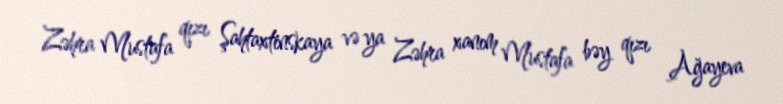
Zəhra Mustafa qızı Şahtaxtinskaya və ya Zəhra xanım Mustafa bəy qızı Ağayeva